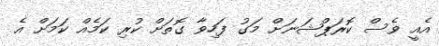
އެއީ ވެސް ކޮރަޕްޝަނަށް މަގު ފަހިވާ ގޮތަށް ކުރި ކަމެއް ކަމަށް އެ